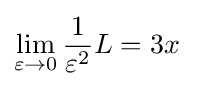
\lim _{\varepsilon \to 0}{\frac {1}{\varepsilon ^{2}}}L=3x\